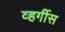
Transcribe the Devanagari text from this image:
व्हर्गीस